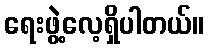
ရေးဖွဲ့လေ့ရှိပါတယ်။